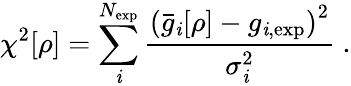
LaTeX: \chi^{2}[\rho]=\sum_{\mathit{i}}^{N_{\textrm{{exp}}}}\frac{{\left(\bar{{g}}_{\mathit{i}}[\rho]-g_{\mathit{i},\textrm{{exp}}}\right)^{2}}}{{\sigma_{\mathit{i}}^{2}}}~.